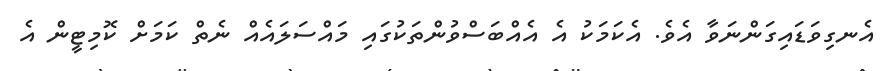
އެނގިވަޑައިގަންނަވާ އެވެ. އެކަމަކު އެ އެއްބަސްވުންތަކުގައި މައްސަލައެއް ނެތް ކަމަށް ކޮމިޓީން އެ